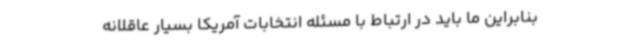
بنابراین ما باید در ارتباط با مسئله انتخابات آمریکا بسیار عاقلانه